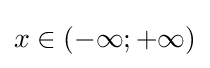
x\in (-\infty ;+\infty )\,\!